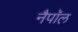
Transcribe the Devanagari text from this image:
नैपॉल